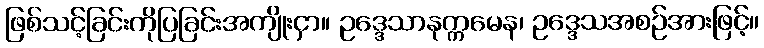
ဖြစ်သင့်ခြင်းကိုပြခြင်းအကျိုးငှာ။ ဥဒ္ဒေသာနုက္ကမေန၊ ဥဒ္ဒေသအစဉ်အားဖြင့်။